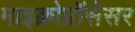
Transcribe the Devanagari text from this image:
माइक्रोप्रॉसेसर